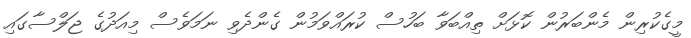
މީގެކުރިން މެންބަރުން ކޮޅަށް ތިއްބަވާ ބަހުސް ކުރައްވަމުން ގެންދެވި ނަމަވެސް މިއަދުގެ ޖަލްސާގައި